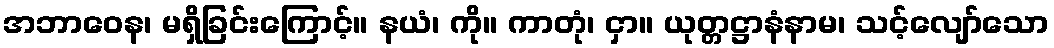
အဘာဝေန၊ မရှိခြင်းကြောင့်။ နယံ၊ ကို။ ကာတုံ၊ ငှာ။ ယုတ္တဋ္ဌာနံနာမ၊ သင့်လျော်သော